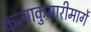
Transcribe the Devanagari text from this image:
कन्याकुमारीमार्गे